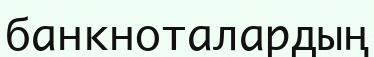
банкноталардың